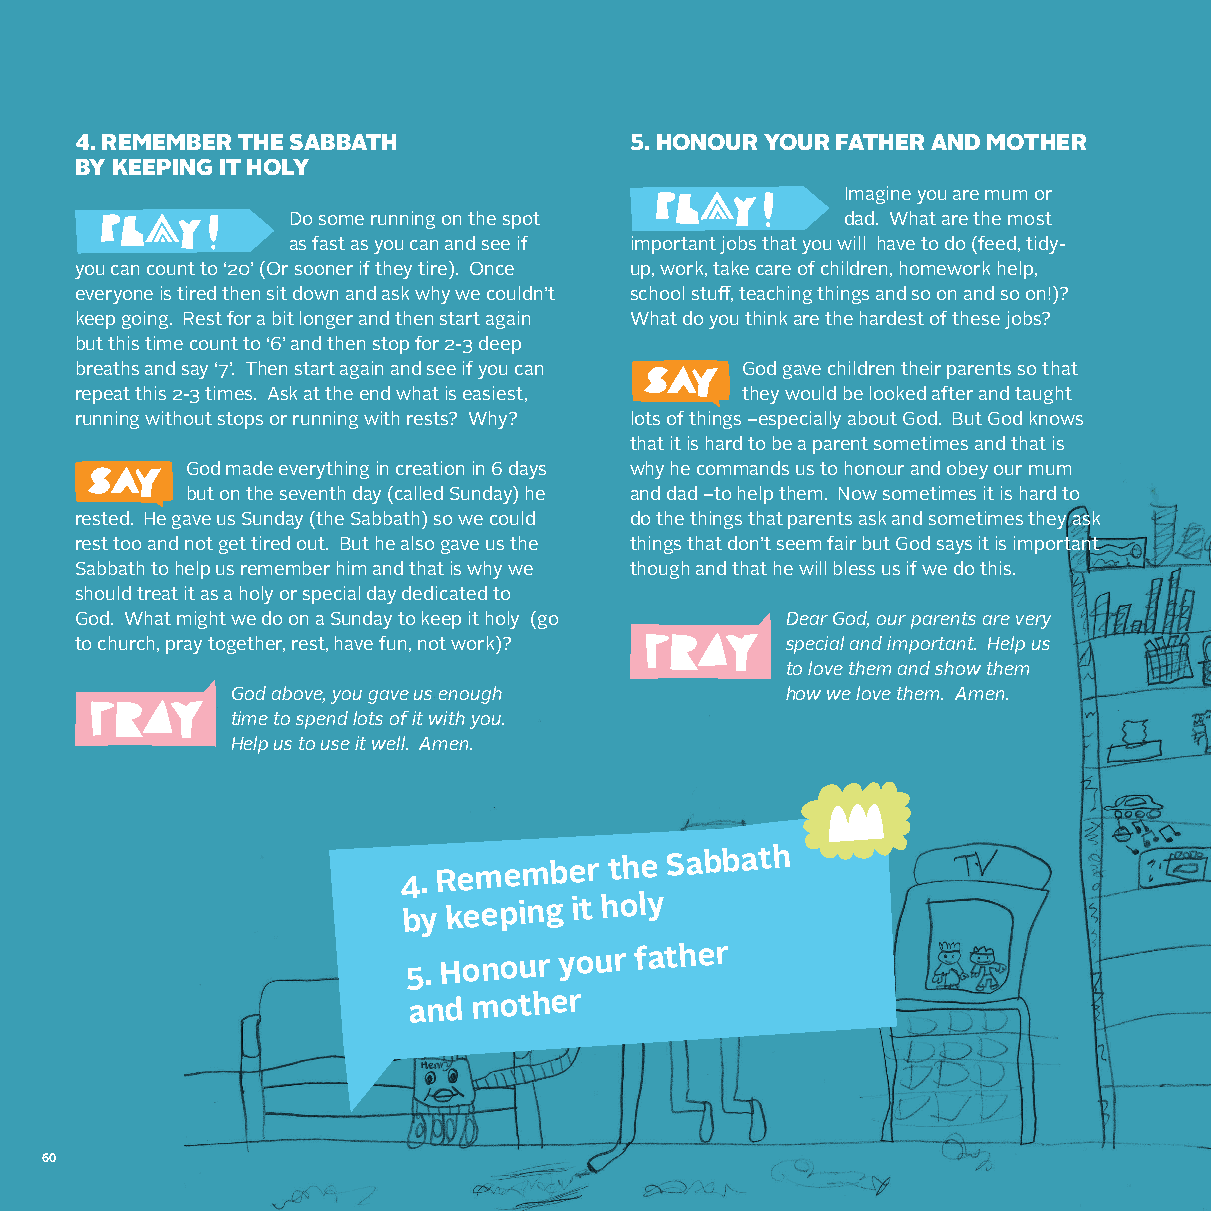
4. REMEMBER THE SABBATH              5. HONOUR YOUR FATHER AND MOTHER
 BY KEEPING IT HOLY
 Imagine you are mum or
 Do some running on the spot          dad. What are the most
 as fast as you can and see if important jobs that you will have to do (feed, tidy-
 you can count to ‘20’ (Or sooner if they tire). Once up, work, take care of children, homework help,
 everyone is tired then sit down and ask why we couldn’t school stuff, teaching things and so on and so on!)?
 keep going. Rest for a bit longer and then start again What do you think are the hardest of these jobs?
 but this time count to ‘6’ and then stop for 2-3 deep
 breaths and say ‘7’. Then start again and see if you can God gave children their parents so that
 repeat this 2-3 times. Ask at the end what is easiest, they would be looked after and taught
 running without stops or running with rests? Why? lots of things –especially about God. But God knows
 that it is hard to be a parent sometimes and that is
 God made everything in creation in 6 days why he commands us to honour and obey our mum
 but on the seventh day (called Sunday) he and dad –to help them. Now sometimes it is hard to
 rested. He gave us Sunday (the Sabbath) so we could do the things that parents ask and sometimes they ask
 rest too and not get tired out. But he also gave us the things that don’t seem fair but God says it is important
 Sabbath to help us remember him and that is why we though and that he will bless us if we do this.
 should treat it as a holy or special day dedicated to
 God. What might we do on a Sunday to keep it holy (go Dear God, our parents are very
 to church, pray together, rest, have fun, not work)? special and important. Help us
 to love them and show them
 God above, you gave us enough        how we love them. Amen.
 time to spend lots of it with you.
 Help us to use it well. Amen.
 4.
 Remember   the
 Sabbath
 by
 keeping it holy
 5.
 Honour  your
 father
 and
 mother
 60